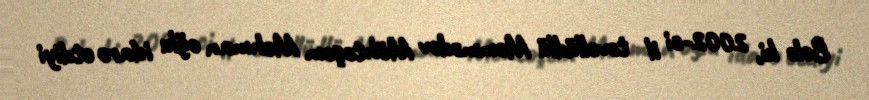
Belə ki, 2002-ci il təvəllüdlü Məmmədov Möhtəşəm Mehman oğlu idarə etdiyi